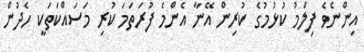
އިންނެވެ ފިލްމު ކުޅުމުގެ ކުރިން އޭނާ އެންމެ ފުރަތަމަ ކުރި މަސައްކަތަކީ ހެދުން